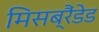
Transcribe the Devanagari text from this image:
मिसब्रैंडेड